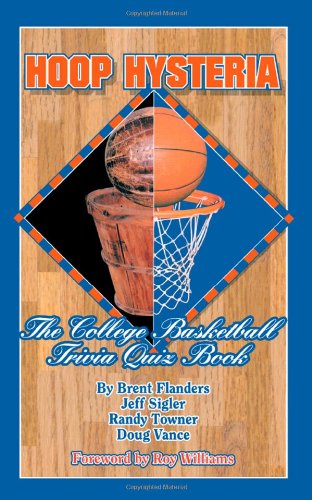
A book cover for Hoop Hysteria: The College Basketball Trivia Quiz Book; Brent Flanders; Sports & Outdoors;